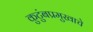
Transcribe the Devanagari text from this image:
कुटुंबप्रमुखाचे